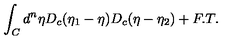
\int _ { C } d ^ { n } \eta D _ { c } ( \eta _ { 1 } - \eta ) D _ { c } ( \eta - \eta _ { 2 } ) + F . T .